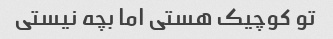
تو کوچیک هستی اما بچه نیستی